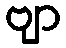
ဗျာ